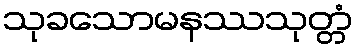
သုခသောမနဿသုတ္တံ